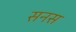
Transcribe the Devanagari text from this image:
सनस